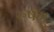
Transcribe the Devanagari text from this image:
रुषंगु